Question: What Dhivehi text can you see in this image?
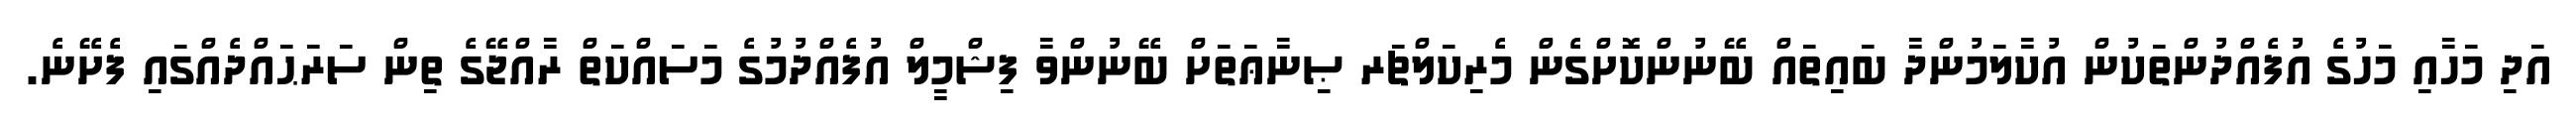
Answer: އަދި މަހާއި މަހުގެ އުފެއްދުންތަކުން އުކާލަމުންދާ ބައިތައް ބޭނުންކޮށްގެން މެރިކަލްޗަރ ޞިނާޢަތަށް ބޭނުންވާ ފިޝްމީލް އުފެއްދުމުގެ މަސައްކަތް ރާއްޖޭގެ ތިން ސަރަޙައްދެއްގައި ފެށޭނެ.